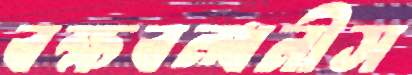
বক্ষবন্ধনীস